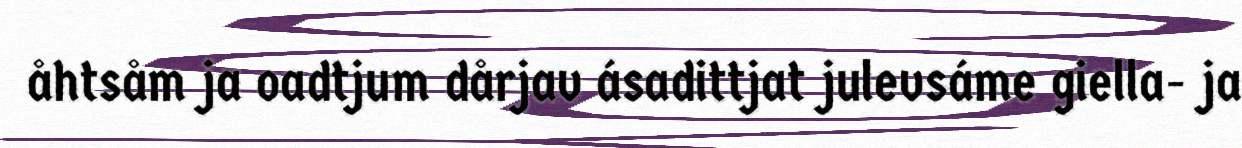
åhtsåm ja oadtjum dårjav ásadittjat julevsáme giella- ja